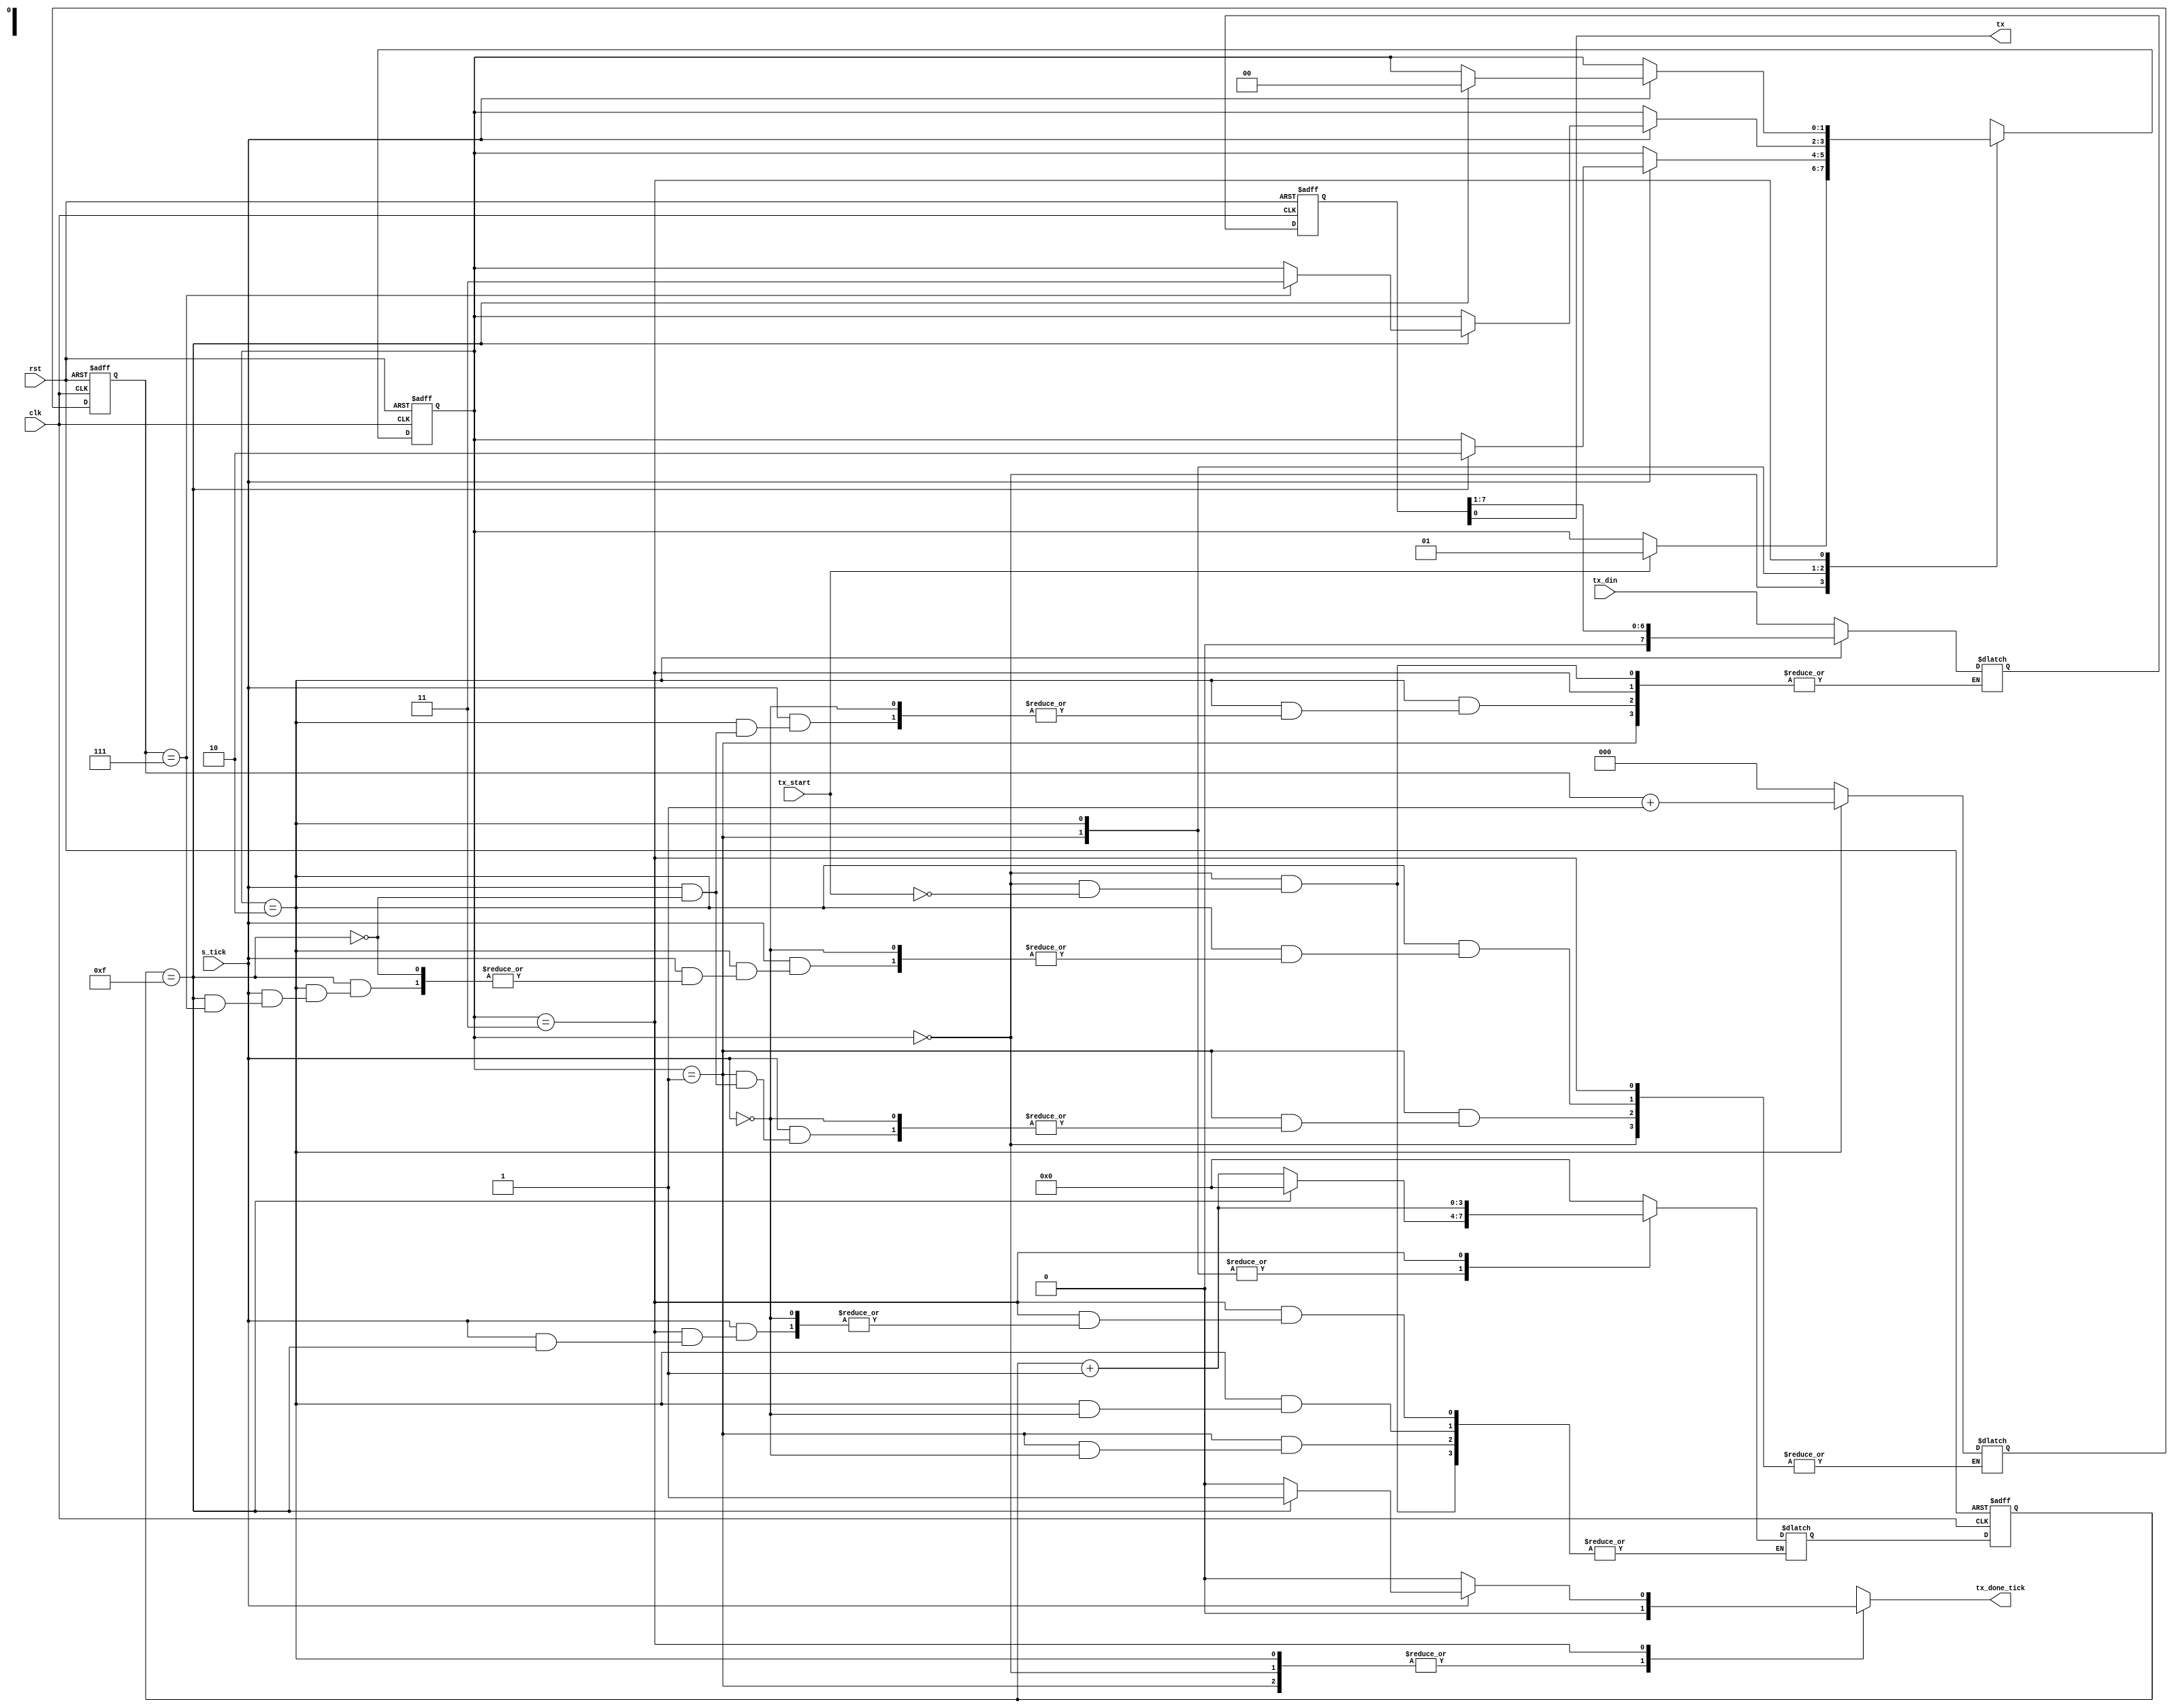
`timescale 1ns / 1ps

module uart_tx #(parameter DBIT = 8,        //data bits
                           SB_TICK = 16     //stop bit ticks
                                        )
    (
    input clk,
    input rst,
    input tx_start,
    input s_tick,
    input [DBIT - 1:0] tx_din,
    output reg tx_done_tick,
    output tx 
    );
    
localparam idle = 0, start = 1,
           data = 2, stop = 3;
           
reg [1:0] state_reg, state_next;        
reg [3:0] s_reg, s_next;                    //keep track of baud rate ticks (16 total)
reg [$clog2(DBIT) - 1:0] n_reg, n_next;     //keep track of number of data bits received
reg [DBIT - 1:0] b_reg, b_next;             //shift the transmitted data bits
reg tx_reg, tx_next;                        //track the transmitted bit

always @ (posedge clk, posedge rst)
begin

    if(rst)
      begin
        state_reg <= idle;
        s_reg <= 0;
        n_reg <= 0;
        b_reg <= 0;
        tx_reg <= 1'b1;
      end
    else
      begin
        state_reg <= state_next;
        s_reg <= s_next;
        n_reg <= n_next;
        b_reg <= b_next;
        tx_reg <= tx_next;
      end
    
end
    

always @ (state_reg or s_reg or n_reg or b_reg or s_tick or tx_reg or tx_start or tx_din)
begin

    state_next = state_reg;
    s_next <= s_reg;
    n_next <= n_reg;
    b_next <= b_reg;
    tx_done_tick = 1'b0;
    
    case(state_reg)
    
        idle: 
          begin
            tx_next = 1'b1;
            if (tx_start)
              begin
                s_next = 0;
                b_next = tx_din;
                state_next = start;
              end
          end
          
        start:
          begin
            tx_next = 1'b0;
            if (s_tick)
              begin
                if (s_reg == 15)
                  begin
                    s_next = 0;
                    n_next = 0;
                    state_next = data;
                  end
                else
                    s_next = s_reg + 1;
              end
          end
          
        data:
          begin
            tx_next = b_reg[0];
            if (s_tick)
              begin
                if (s_reg == 15)
                  begin
                    s_next = 0;
                    b_next = {1'b0, b_reg[DBIT - 1:1]};   //right shift using concatination
                    if (n_reg == (DBIT - 1))
                        state_next = stop;
                    else
                        n_next = n_reg + 1;
                  end
                else
                    s_next = s_reg + 1; 
              end
          end
          
        stop:
          begin
            tx_next = 1'b1;
            if (s_tick)
              begin
                if (s_reg == (SB_TICK - 1))
                  begin
                    tx_done_tick = 1'b1;
                    state_next = idle;
                  end
                else
                    s_next = s_reg + 1; 
              end
          end
      default:
           state_next = idle;
    endcase
    
end    
    
assign tx = b_reg; 

endmodule